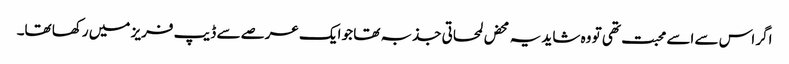
اگر اس سے اسے محبت تھی تو وہ شاید یہ محض لمحاتی جذبہ تھا جو ایک عرصے سے ڈیپ فریز میں رکھا تھا۔